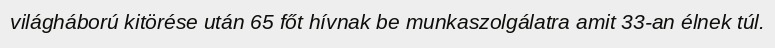
világháború kitörése után 65 főt hívnak be munkaszolgálatra amit 33-an élnek túl.